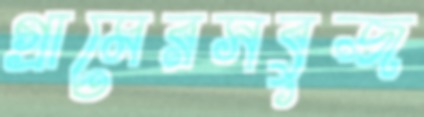
গ্রামেরসবুজ